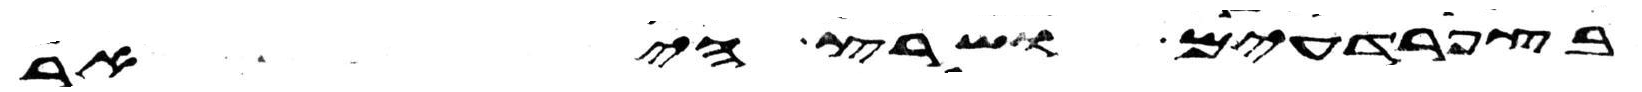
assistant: בצפרדעים ושרץ היאר